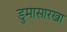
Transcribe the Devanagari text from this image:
डुमासारखा